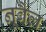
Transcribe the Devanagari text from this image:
नूवैल